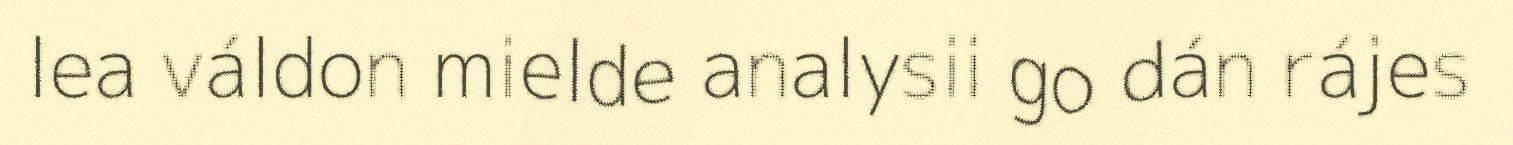
lea váldon mielde analysii go dán rájes